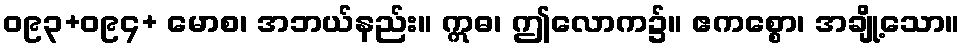
ဝ၉၃+ဝ၉၄+ မောစ၊ အဘယ်နည်း။ ဣဓ၊ ဤလောက၌။ ဧကစ္စော၊ အချို့သော။